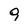
Character: 9